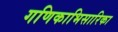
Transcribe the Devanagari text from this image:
गणिकाभिसारिका